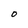
Character: O